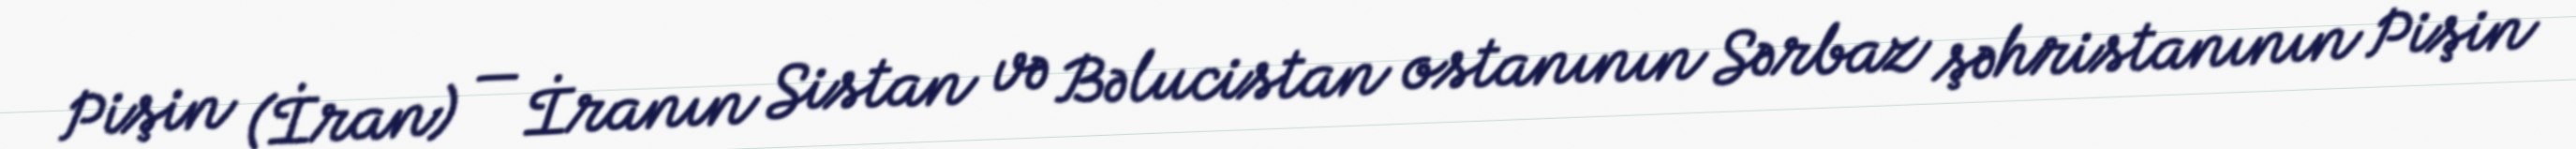
Pişin (İran) — İranın Sistan və Bəlucistan ostanının Sərbaz şəhristanının Pişin